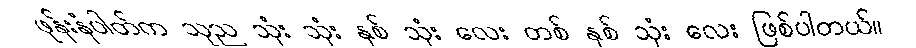
ဖုန်းနံပါတ်က သုည သုံး သုံး နှစ် သုံး လေး တစ် နှစ် သုံး လေး ဖြစ်ပါတယ်။